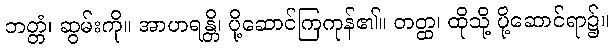
ဘတ္တံ၊ ဆွမ်းကို။ အာဟရန္တိ၊ ပို့ဆောင်ကြကုန်၏။ တတ္ထ၊ ထိုသို့ ပို့ဆောင်ရာ၌။